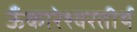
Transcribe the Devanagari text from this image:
ऊँकारेश्वरतीर्थ